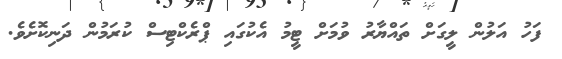
ފަހު އަލުން ލީގަށް ތައްޔާރު ވުމަށް ޓީމު އެކުގައި ޕްރެކްޓިސް ކުރަމުން ދަނިކޮށެވެ.